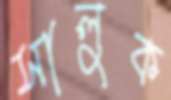
সালুক